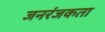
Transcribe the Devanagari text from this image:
जनरंजकता